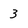
Character: 3